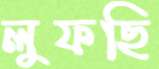
লুফছি